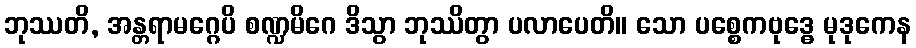
ဘုဿတိ, အန္တရာမဂ္ဂေပိ စဏ္ဍမိဂေ ဒိသွာ ဘုဿိတွာ ပလာပေတိ။ သော ပစ္စေကဗုဒ္ဓေ မုဒုကေန